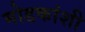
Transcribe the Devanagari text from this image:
मोडकांशी